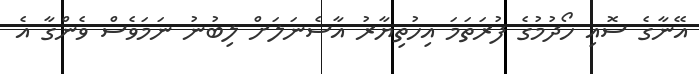
އޭނާގެ ސޮއި ހޯދުމުގެ ފުރަތަމަ އިހުތިޔާރު އާސެނަލަށް ލިބުނު ނަމަވެސް ވެންގާ އެ